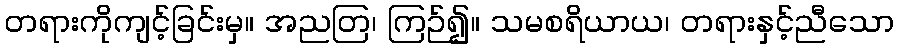
တရားကိုကျင့်ခြင်းမှ။ အညတြ၊ ကြဉ်၍။ သမစရိယာယ၊ တရားနှင့်ညီသော